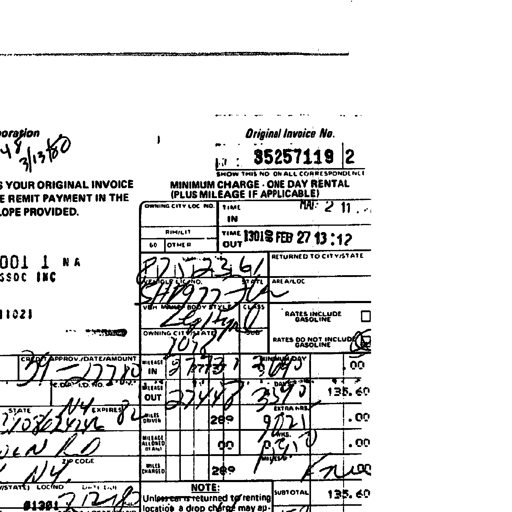
48 3/13/80
Original Invoice No.
35257119 2
SHOW THIS NO ON ALL CORRESPONDENCE
MINIMUM CHARGE - ONE DAY RENTAL (PLUS MILEAGE IF APPLICABLE)
OWNING CITY LOC NO. TIME IN MAR 2 11
TIME OUT 13018 FEB 27 13:12
VEHICLE NO. 82112361 RETURNED TO CITY/STATE
VEH. LIC. NO. STATE AREA/LOC
SH977 FL
VEH MAKE BODY STYLE CLASS
Zephyr Q RATES INCLUDE GASOLINE
OWNING CITY STATE SUB
1078 RATES DO NOT INCLUDE GASOLINE
CREDIT APPROV./DATE/AMOUNT MILEAGE IN 27737 MINIMUM DAY 3645 00
B9-22780
D.L. NO. MILEAGE OUT 27448 DAYS 3390 135.60
STATE EXPIRES MILES DRIVEN 289 EXTRA HRS. 9021 .00
NY 82 708624242 RD NY
MILEAGE ALLOWED 00 WKS. 8240 .00
ZIP CODE MILES CHARGED 289 MILES @ Free
LOC NO. DIST. NO. NOTE: SUBTOTAL 135.60
01301 712182